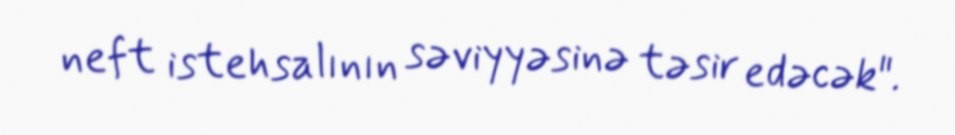
neft istehsalının səviyyəsinə təsir edəcək".